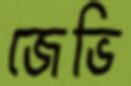
জেভি